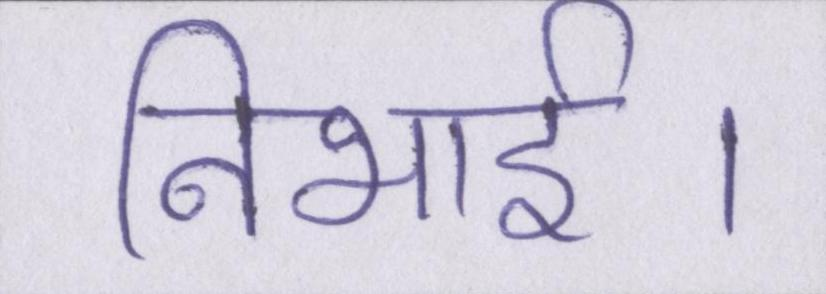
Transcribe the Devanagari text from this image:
निभाई।